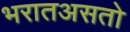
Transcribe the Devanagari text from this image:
भरातअसतो